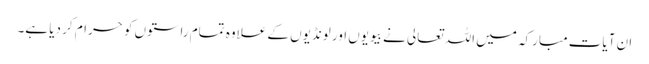
ان آیات مبارکہ میں اللہ تعالی نے بیویوں اور لونڈیوں کے علاوہ تمام راستوں کو حرام کر دیا ہے۔